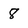
Character: 8